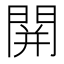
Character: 䦕